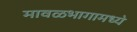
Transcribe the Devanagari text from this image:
मावळभागामध्ये